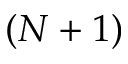
( N + 1 )